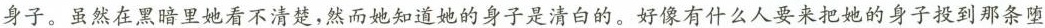
身子。虽然在黑暗里她看不清楚，然而她知道她的身子是清白的。好像有什么人要来把她的身子投到那条堕